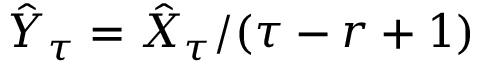
\hat { Y } _ { \tau } = \hat { X } _ { \tau } / ( \tau - r + 1 )